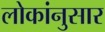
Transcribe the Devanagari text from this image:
लोकांनुसार